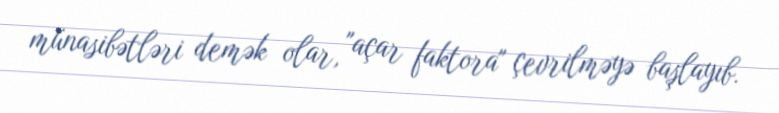
münasibətləri demək olar, "açar faktora" çevrilməyə başlayıb.